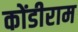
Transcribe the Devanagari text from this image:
कोंडीराम